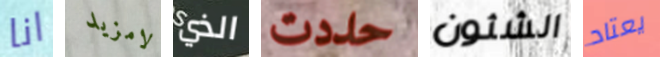
انا لامزيد الذي حددت الشئون يعتاد